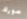
صورك